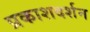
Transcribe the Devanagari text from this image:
प्रकाशदर्शन